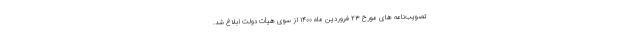
تصویب‌نامه های مورخ ۲۳ فروردین ماه ۱۴۰۰ از سوی هیأت دولت ابلاغ شد.